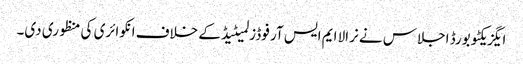
ایگزیکٹو بورڈ اجلاس نے نرالا ایم ایس آر فوڈز لمیٹیڈ کے خلاف انکوائری کی منظوری دی۔